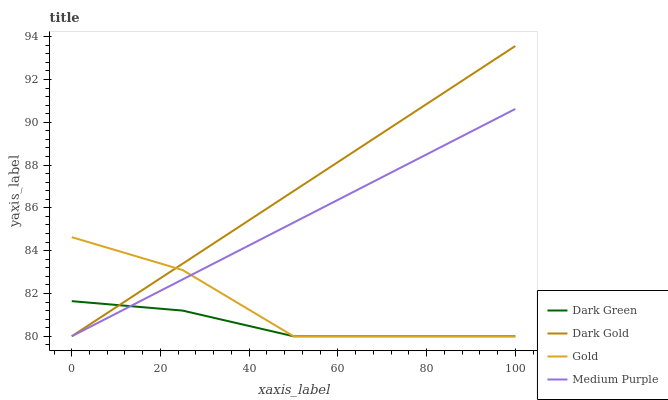
| xaxis_label | Dark Green | Dark Gold | Gold | Medium Purple |
 | --- | --- | --- | --- | --- |
 | 0 | 81.6 | 80 | 84.6 | 80 |
 | 25 | 81.2 | 83.4 | 83.1 | 82.7 |
 | 50 | 80 | 86.8 | 80 | 85.3 |
 | 75 | 80 | 90.2 | 80 | 88 |
 | 100 | 80 | 93.6 | 80 | 90.6 |